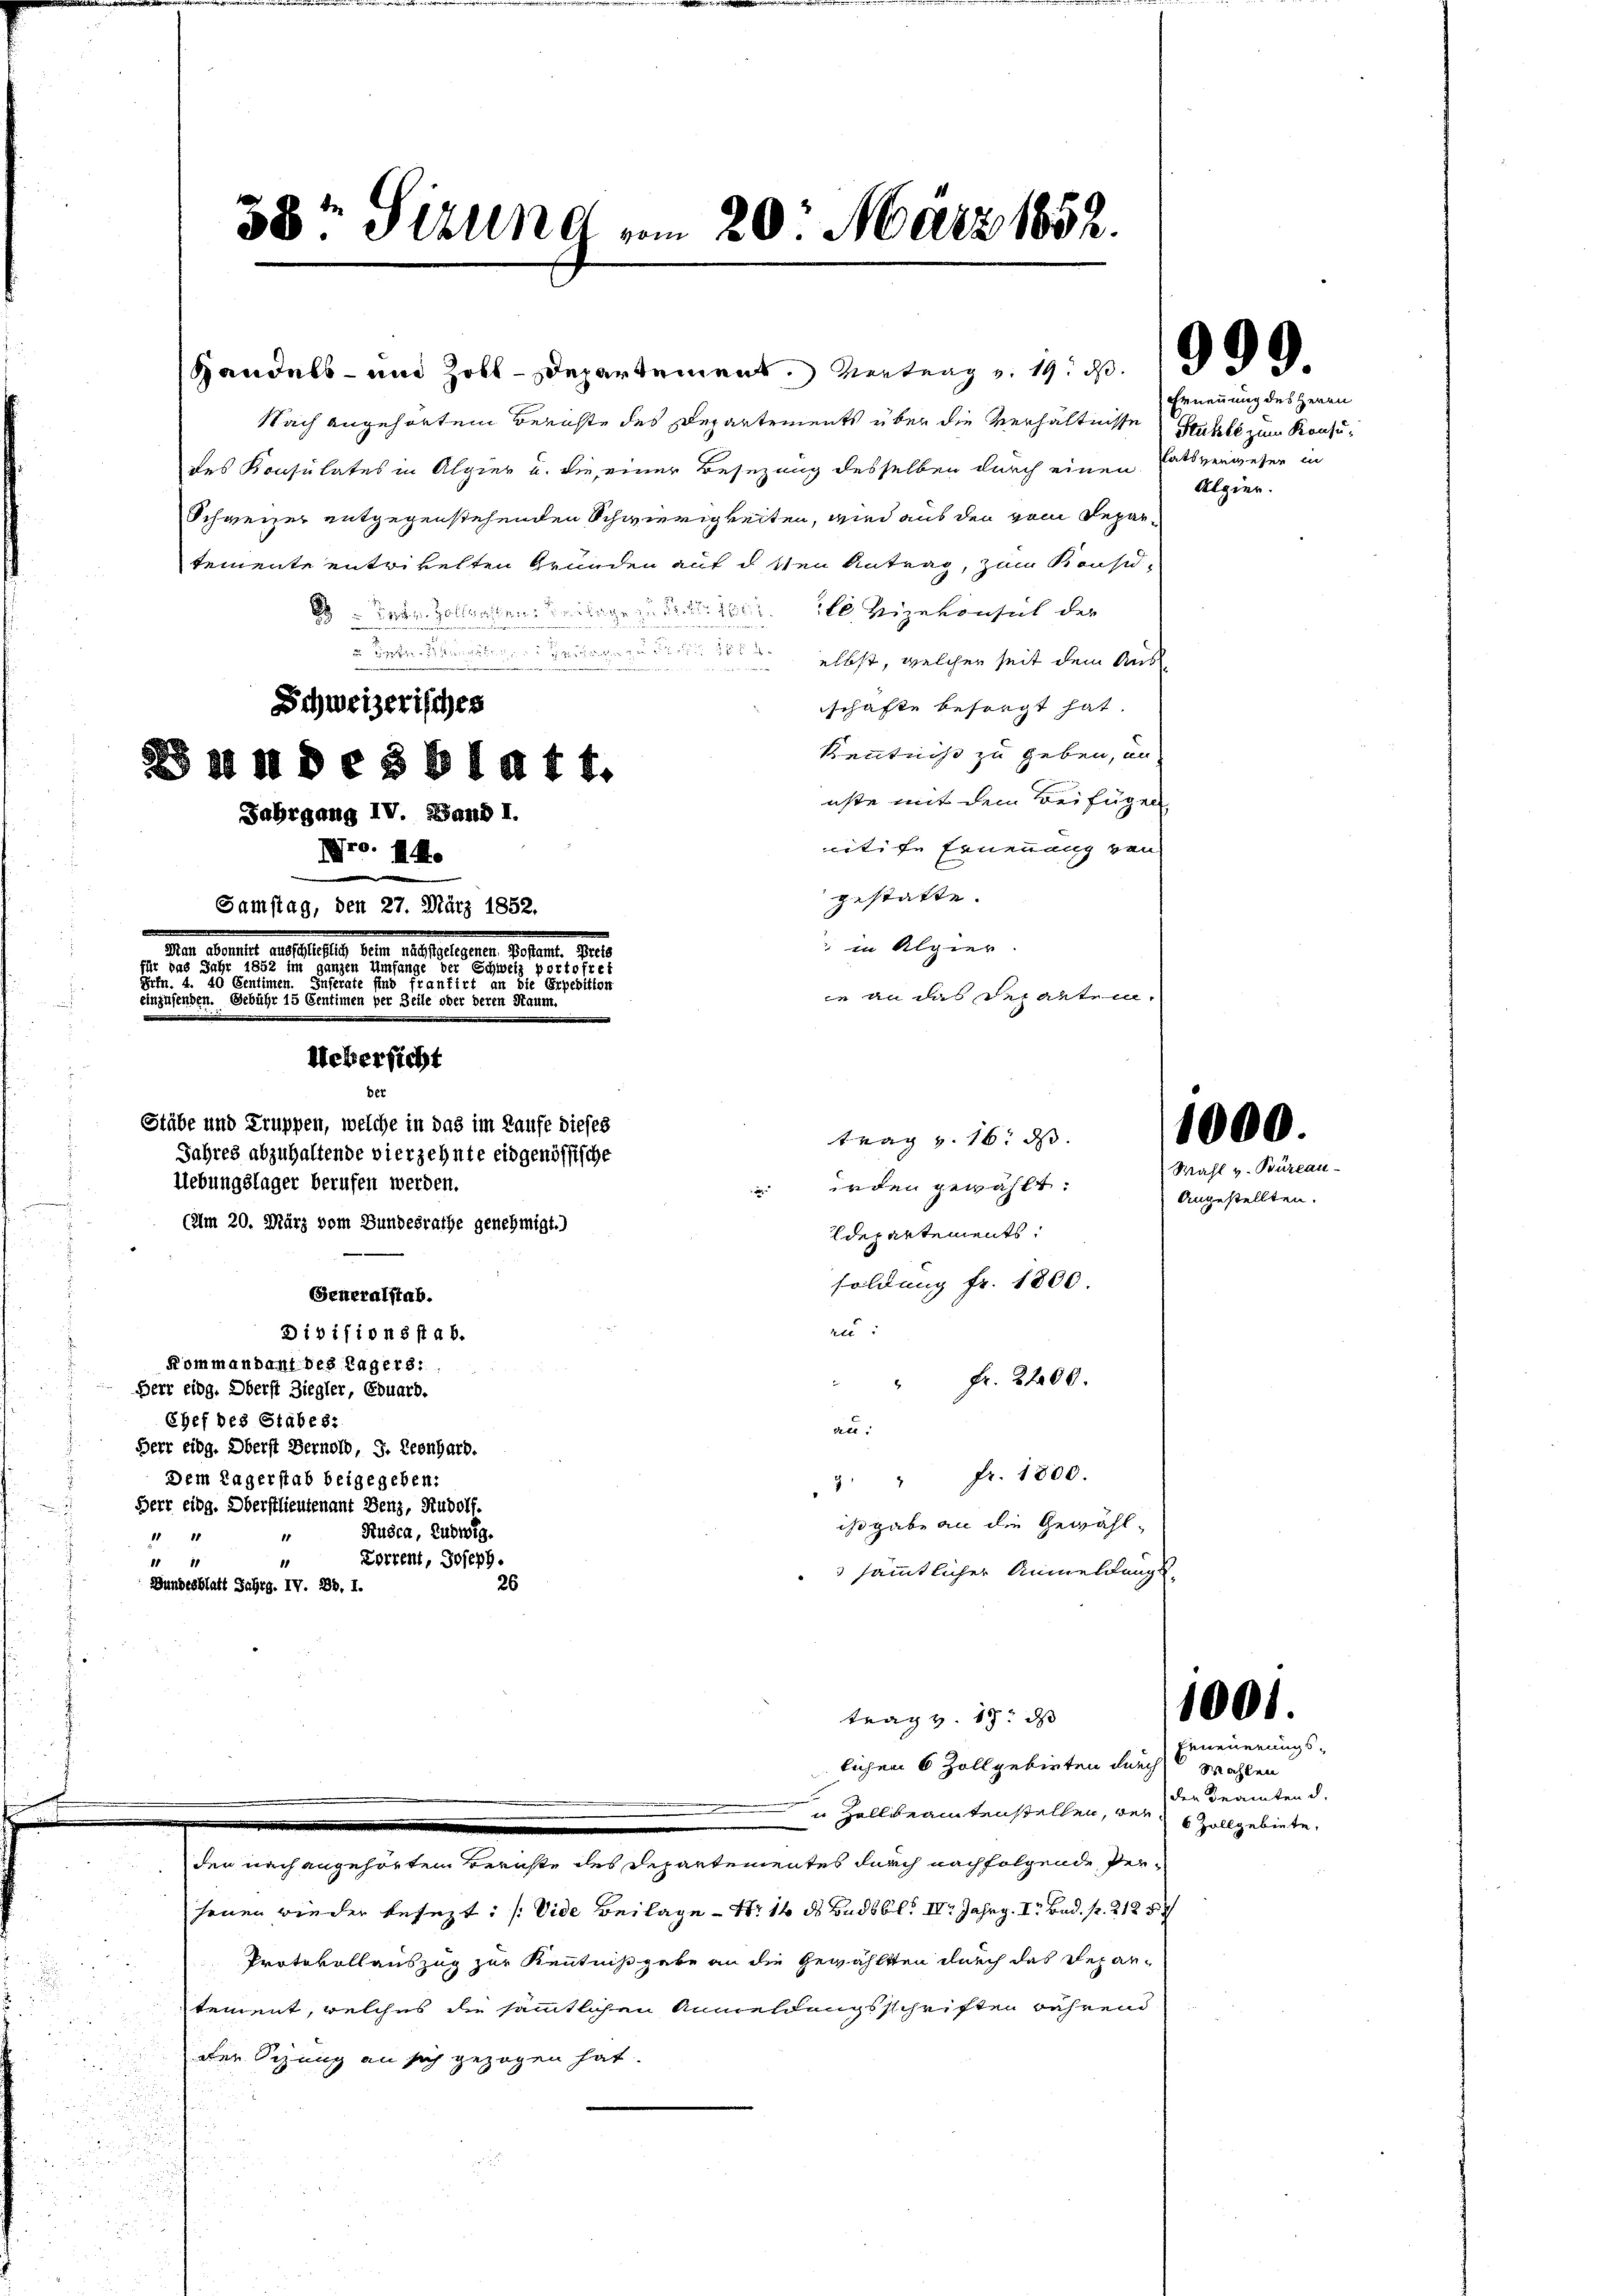
Schweizerisches
§§ 21 MDesblatt.
Jahrgang IV. Band I.
ro. 14.
Samstag, den 27. März 1852.

d

Handels- und Zoll-Departement. Vertrag v. 19. ds.
Nach angehörten Berichte des Departements über die Verhältnisse Stuhle zum Konzudes Konsulates in Alpier u. die einer Besezung desselben durch einen Ratsverweser in
Schweizer entgegenstehenden Schwierigkeiten, wird aus den vom Departemente entrikelten Gründen auf d. den Antrag, zum Brusid-
  des Zollanten eigen den vizekonsul der

elbst, welcher seit dem Aus
schafte besorgt hat.
Kenntniß zu geben, an
üste mit dem Beifügen
tife Ernennung von
gestatte.
" in Algier

 ennen. Gestate sind Prantich in die Gewitten
ie an das das alten.
einzusenden. Gebühr 15 Centimen per Zeile oder deren Haum.
Uebersicht
Der
Stäbe und Truppen, welche in das im Laufe dieses
trag v. 16. ds.
Jahres abzuhaltende vierzehnte eidgenössische
Uebungslager berufen werden.
irden gewählt:
2
(um 20. März vom Bundesrathe genehmigt.)
departements.
soldung fr. 1800.
Seneralstab.
re:
Divisionsstab.
Kommandant des Lagers:
 " Fr. 2200.
Herr eidg. Oberst Ziegler, Eduard.
Chef des Stabes:
de.
Herr eidg. Oberst Bernold, J. Leonhard.
3. " fr. 1800.
Dem Lagerstab beigegeben:
Herr eidg. Oberstlieutenant Benz, Rudolf.
ist gabe an die Gewähl¬
Ruéra, Ludwig.
1 18
Lorrent, Joseph.
1 11
10
 sämmtlicher Anmeldungs-
26
Bundesblatt Jahrg. IV. 28, I.

38te Stund vom 20. März 1852.

der nach angehörtem Berichte des Departementes durch nachfolgende Per¬

trag v. 18. ds
lichen 6 Zollgebieten durch
 Zollbeamtenstellen, der 6 Zollgebiete,

999.

Ernennung des Herrn
Algier.

jenen wieder besezt: (Vide Beilage - Nr 16 ds Badbbl. IV. Jahrg. I Bad. pr. 2125
Protokollauszug zur Kenntnißgabe an die Gewählten durch das Repartement, welches die sämmtlichen Anmeldungsschriften während
der Sitzung an sich gezogen hat.

1000.
Wahl v. Büreau.

Angestellten.

1001.
Erneuerungs-

Wahlen
der Beamten d.